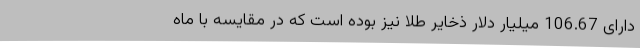
دارای 106.67 میلیار دلار ذخایر طلا نیز بوده است که در مقایسه با ماه